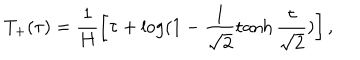
T _ { + } ( \tau ) = \frac { 1 } { H } \left[ \tau + \log ( 1 - \frac { 1 } { \sqrt { 2 } } \tanh \frac { \tau } { \sqrt { 2 } } ) \right] ,